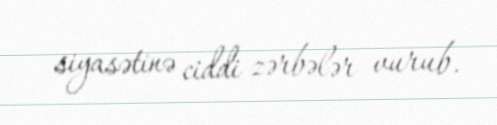
siyasətinə ciddi zərbələr vurub.